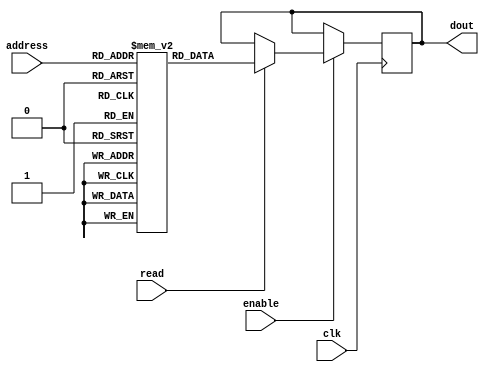
module rom(clk, read, enable, address, dout);

parameter data_size=36;
parameter mem_size=256;

input clk, read, enable;
input [7:0]address;

output [data_size-1:0]dout;

reg [data_size-1:0]dout;
reg [data_size-1:0]mem_data[mem_size-1:0];

// for test
wire [data_size-1:0]rom_mem_data_0 = mem_data[0];
wire [data_size-1:0]rom_mem_data_1 = mem_data[1];
wire [data_size-1:0]rom_mem_data_2 = mem_data[2];
wire [data_size-1:0]rom_mem_data_3 = mem_data[3];
wire [data_size-1:0]rom_mem_data_4 = mem_data[4];


always@(posedge clk)begin
  if(enable)begin
    if(read)begin
      dout<=mem_data[address];
      #1; // FIXME: workaround for time delay
    end
  end
end

endmodule